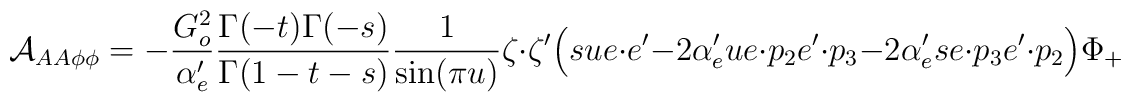
{\cal A}_{AA \phi \phi} = - \frac{G_o^2}{\alpha'_e} \frac{\Gamma(-t)\Gamma(-s)}{\Gamma(1-t-s)}     \frac{1}{\sin (\pi u)} \zeta \cdot \zeta'     \Big( su e \cdot e' - 2 \alpha'_e u e \cdot p_2 e' \cdot p_3         - 2 \alpha'_e s e \cdot p_3 e' \cdot p_2     \Big) \Phi_+